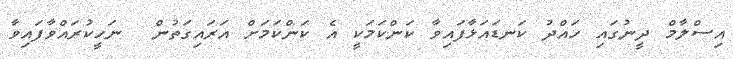
އިސްލާމް ދީނުގައި ހައްދު ކަނޑައަޅާފައިވާ ކަންކަމަކީ އެ ކަންކަމަށް އަރައިގަތުން  ނަހީކުރައްވާފައިވާ